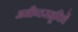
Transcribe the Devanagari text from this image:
अनीष्ठसहूयिर्थे